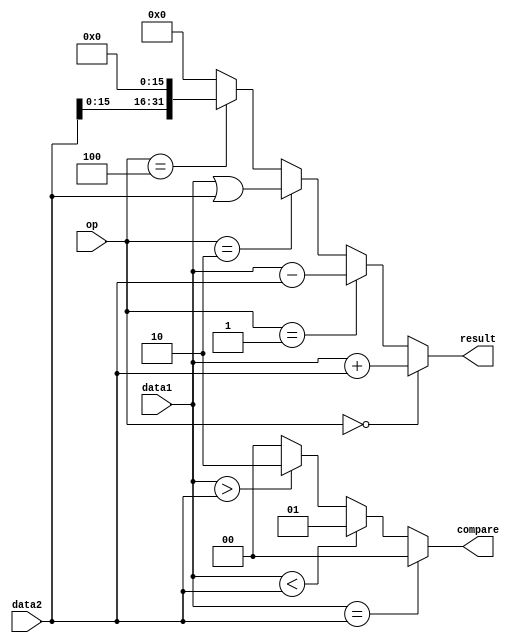
`timescale 1ns / 1ps
//////////////////////////////////////////////////////////////////////////////////
// Company: 
// Engineer: 
// 
// Design Name: 
// Module Name:    ALU 
// Project Name: 
// Target Devices: 
// Tool versions: 
// Description: 
//
// Dependencies: 
//
// Revision: 
// Revision 0.01 - File Created
// Additional Comments: 
//
//////////////////////////////////////////////////////////////////////////////////
module ALU(
    input [31:0] data1,
    input [31:0] data2,
    input [2:0] op,
    output [31:0] result,
    output [1:0] compare
    );
assign result=(op==3'b000)? data1+data2:
              (op==3'b001)? data1-data2:
				  (op==3'b010)? data1|data2:
				  (op==3'b100)? data2<<16:0;
assign compare=(data1==data2)? 2'b00:
               (data1<data2)? 2'b01:
					(data1>data2)? 2'b10:0;
endmodule